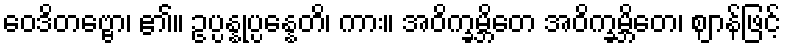
ဝေဒိတဗ္ဗော၊ ၏။ ဥပ္ပန္နုပ္ပန္နေတိ၊ ကား။ အဝိက္ခမ္ဘိတေ အဝိက္ခမ္ဘိတေ၊ ဈာန်ဖြင့်